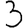
Digit: 3